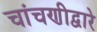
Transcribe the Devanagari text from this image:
चांचणीद्वारे